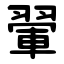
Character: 翬